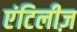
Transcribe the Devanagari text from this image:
एंटिलीज़